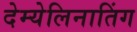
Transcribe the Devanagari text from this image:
देम्येलिनातिंग